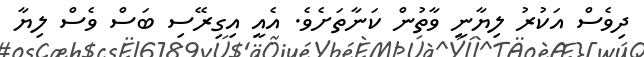
ދިވެސް އަކުރު ލިޔާނީ ވާތުން ކަނާތަށެވެ. އެއީ އިގިރޭސި ބަސް ވެސް ލިޔާ